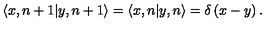
\langle x , n + 1 | y , n + 1 \rangle = \langle x , n | y , n \rangle = \delta \left( x - y \right) .